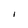
Character: I